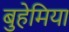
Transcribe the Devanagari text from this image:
बुहेमिया